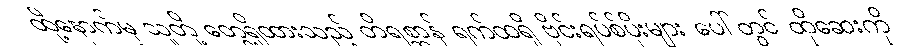
ထို့နောက်မှ သူတို့ တွေ့ရှိထားသည့် တိရစ္ဆာန် ရက်ထရို ဗိုင်းရပ်စ်ပိုးများ ပေါ်တွင် ထိုဆေးကို